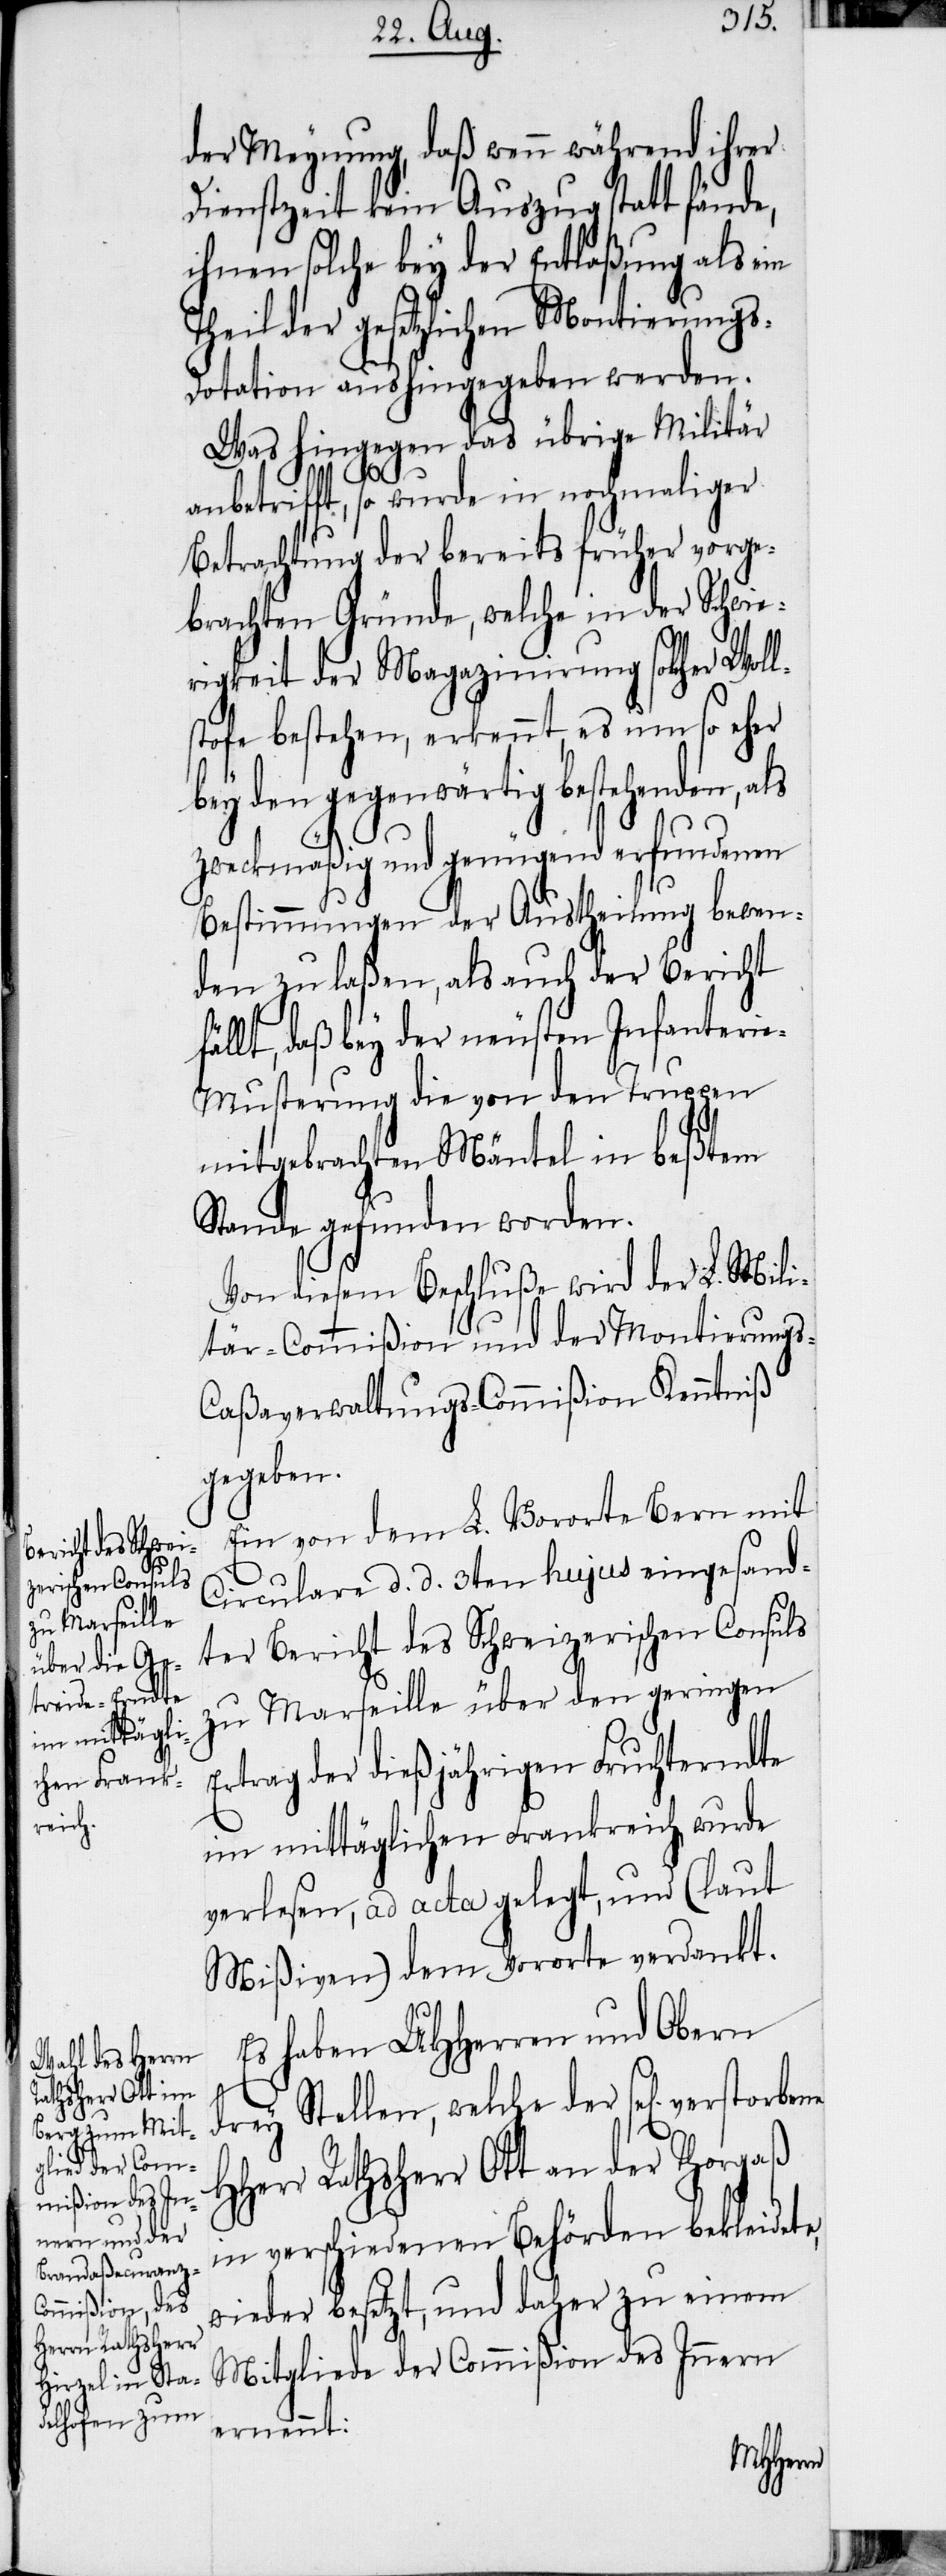
der Meynung, daß wenn während ihrer
Dienstzeit kein Auszug statt fände,
ihnen solche bey der Entlaßung als ein
Theil der gesetzlichen Montierung¬
s-Dotation aushingegeben werden.
Was hingegen das übrige Militär
anbetrifft, so wurde in nochmaliger
Betrachtung der bereits früher vorge¬
brachten Gründe, welche in der Schwie¬
rigkeit der Magazinirung solcher Woll¬
stofe bestehen, erkennt, es um so eher
bey den gegenwärtig bestehenden, als
zweckmäßig und genügend erfundenen
Bestimmungen der Austheilung bewen¬
den zu laßen, als auch der Bericht
fällt, daß bey der neusten Infanteri¬
e-Musterung die von den Truppen
mitgebrachten Mäntel in beßtem
Stande gefunden worden.
Von diesem Beschluße wird der L. Mili¬
tär-Commißion und der Montierung¬
s-Caßaverwaltungs-Commißion Kenntniß
gegeben.
Ein von dem L. Vororte Bern mit
Circulare d. d. 3ten hujus eingesand¬
ter Bericht des Schweizerischen Consuls
zu Marseille über den geringen
Ertrag der dießjährigen Fruchterndte
im mittäglichen Frankreich, wurde
verlesen, ad acta gelegt, und (laut
Mißiven) dem Vororte verdankt.
Es haben UHHerren und Obern
H¬
drey Stellen, welche der se[lig] verstor¬
Herr Rathsherr Ott an der Thorgaß
in verschiedenen Behörden bekleidete,
wieder besetzt, und daher zu einem
Mitgliede der Commißion des Innern
ernennt:
bene